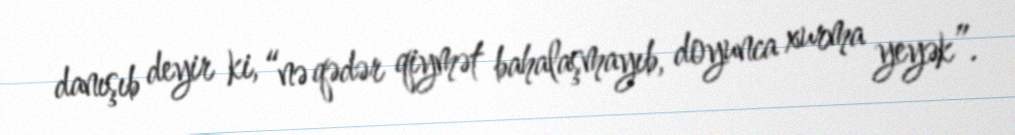
danışıb deyir ki, “nə qədər qiymət bahalaşmayıb, doyunca xurma yeyək”.